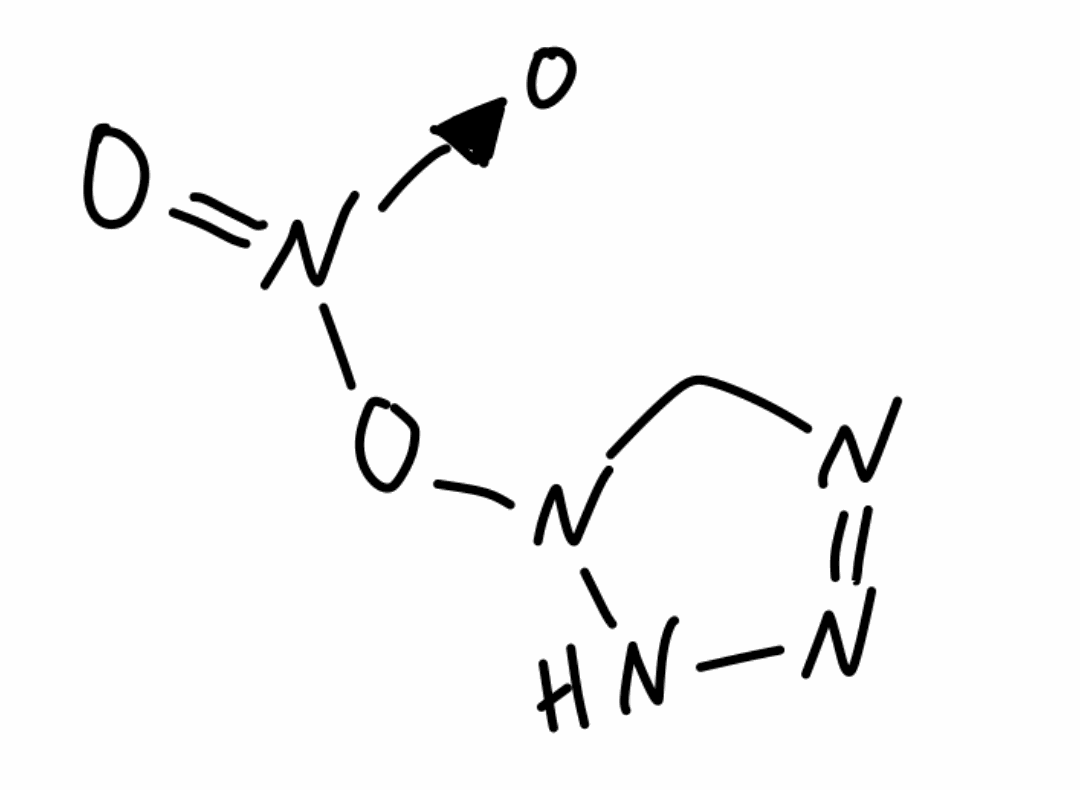
Simplified molecular-input line-entry system (SMILES) notation of the given molecule:
C1N=NNN1O[N+](=O)[O-]